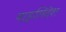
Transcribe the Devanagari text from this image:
बाड़्लिदेश